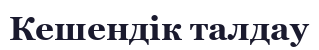
Кешендік талдау